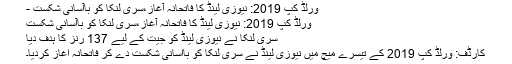
ورلڈ کپ 2019: نیوزی لینڈ کا فاتحانہ آغاز،سری لنکا کو باآسانی شکست -
ورلڈ کپ 2019: نیوزی لینڈ کا فاتحانہ آغاز،سری لنکا کو باآسانی شکست
سری لنکا نے نیوزی لینڈ کو جیت کے لیے 137 رنز کا ہدف دیا
کارڈف: ورلڈ کپ 2019 کے تیسرے میچ میں نیوزی لینڈ نے سری لنکا کو باآسانی شکست دے کر فاتحانہ آغاز کردیا۔